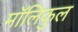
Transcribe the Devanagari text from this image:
मॉलिकुल